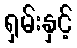
ရှမ်းနှင့်